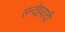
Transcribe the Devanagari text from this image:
सन्देहवादी